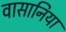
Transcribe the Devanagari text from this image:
वासानिया